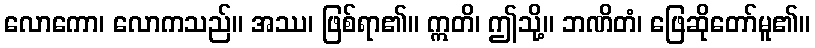
လောကော၊ လောကသည်။ အဿ၊ ဖြစ်ရာ၏။ ဣတိ၊ ဤသို့။ ဘဏိတံ၊ ဖြေဆိုတော်မူ၏။